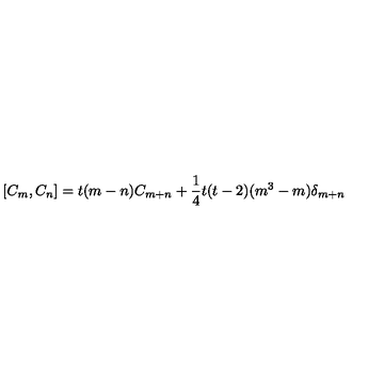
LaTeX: [ C _ { m } , C _ { n } ] = t ( m - n ) C _ { m + n } + \frac { 1 } { 4 } t ( t - 2 ) ( m ^ { 3 } - m ) \delta _ { m + n }